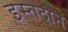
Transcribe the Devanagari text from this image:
इस्तदान